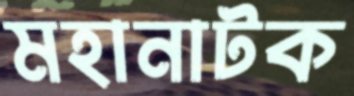
মহানাটক